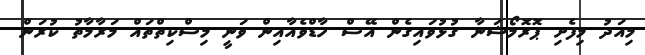
މިއަދު މިފެށި ޕޮރޮމޯޝަނާ ގުޅުވައިގެން އޭސް ހާޑްވެއާއިން ވަނީ މިސްކިތްތައް މަރާމާތު ކުރަން